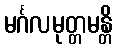
မင်္ဂလမုတ္တမန္တိ